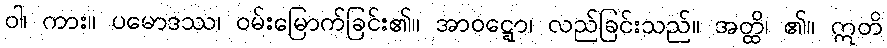
ဝါ၊ ကား။ ပမောဒဿ၊ ဝမ်းမြောက်ခြင်း၏။ အာဝဋ္ဋော၊ လည်ခြင်းသည်။ အတ္ထိ၊ ၏။ ဣတိ